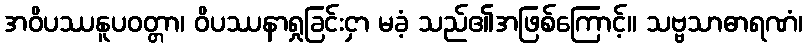
အဝိပဿနူပဝတ္တာ၊ ဝိပဿနာရှုခြင်းငှာ မခံ့ သည်၏အဖြစ်ကြောင့်။ သဗ္ဗသာဓာရဏံ၊